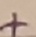
Text: +